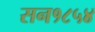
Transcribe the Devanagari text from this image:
सन१८५४